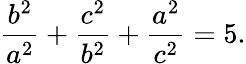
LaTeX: {\frac{b^{2}}{a^{2}}}+{\frac{c^{2}}{b^{2}}}+{\frac{a^{2}}{c^{2}}}=5.